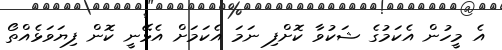
އެ މީހުން އެކަމުގެ ޝަކުވާ ކޮށްފި ނަމަ އެކަމަށް އެޅޭނީ ކޮން ފިޔަވަޅެއްތޯ